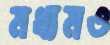
মধ্যমও